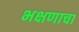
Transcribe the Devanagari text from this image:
भक्षणाचा